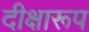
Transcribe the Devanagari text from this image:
दीक्षारूप